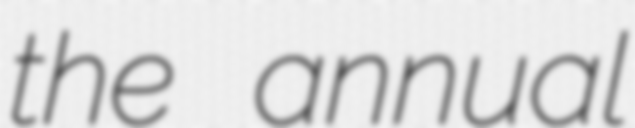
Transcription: the annual